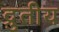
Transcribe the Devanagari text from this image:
द्रुतीय